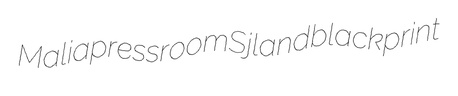
Malia pressroom Sjland blackprint